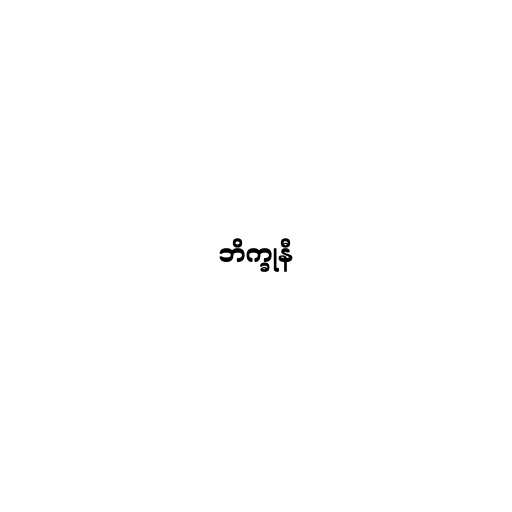
ဘိက္ခုနီ